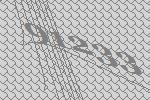
91233